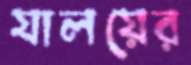
যালয়ের